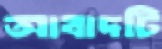
আবাদটি